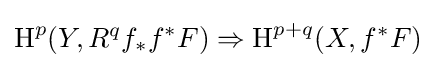
\operatorname {H} ^{p}(Y,R^{q}f_{*}f^{*}F)\Rightarrow \operatorname {H} ^{p+q}(X,f^{*}F)